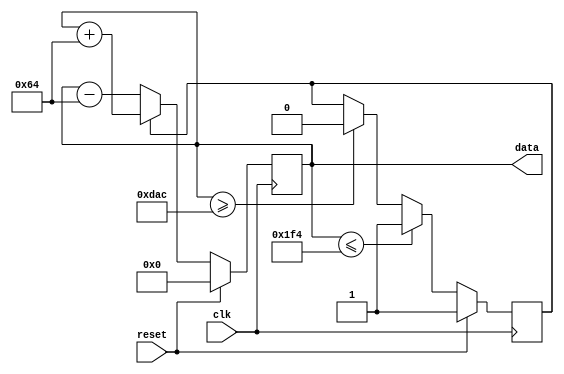
//------------------------------------------------------------------------
// syzygy-dds.v
//
// This is just a quick and dirty example synthesizer that generates a
// basic triangle wave, covering all values of the 12-bit data bus.
// 
//------------------------------------------------------------------------
// Copyright (c) 2017 Opal Kelly Incorporated
// 
// Permission is hereby granted, free of charge, to any person obtaining a copy
// of this software and associated documentation files (the "Software"), to deal
// in the Software without restriction, including without limitation the rights
// to use, copy, modify, merge, publish, distribute, sublicense, and/or sell
// copies of the Software, and to permit persons to whom the Software is
// furnished to do so, subject to the following conditions:
// 
// The above copyright notice and this permission notice shall be included in all
// copies or substantial portions of the Software.
// 
// THE SOFTWARE IS PROVIDED "AS IS", WITHOUT WARRANTY OF ANY KIND, EXPRESS OR
// IMPLIED, INCLUDING BUT NOT LIMITED TO THE WARRANTIES OF MERCHANTABILITY,
// FITNESS FOR A PARTICULAR PURPOSE AND NONINFRINGEMENT. IN NO EVENT SHALL THE
// AUTHORS OR COPYRIGHT HOLDERS BE LIABLE FOR ANY CLAIM, DAMAGES OR OTHER
// LIABILITY, WHETHER IN AN ACTION OF CONTRACT, TORT OR OTHERWISE, ARISING FROM,
// OUT OF OR IN CONNECTION WITH THE SOFTWARE OR THE USE OR OTHER DEALINGS IN THE
// SOFTWARE.
//------------------------------------------------------------------------

`default_nettype none

module syzygy_dds (
	input  wire        clk,
	input  wire        reset,

	output wire [11:0] data
	);

reg [11:0] counter;
reg        count_up;
	
assign data = counter;

always @(posedge clk) begin
	if (reset == 1'b1) begin
		count_up <= 1'b1;
		counter <= 12'h0;
	end else begin
		if (count_up == 1'b1) begin
			counter <= counter + 12'd100;
		end else begin
			counter <= counter - 12'd100;
		end

		if (counter <= 12'd500) begin
			count_up <= 1'b1;
		end else if (counter >= 12'd3500) begin
			count_up <= 1'b0;
		end
	end
end

endmodule
`default_nettype wire